Report on vaccination in Madras 1895-1903 - 1895-1903
Year: 1895
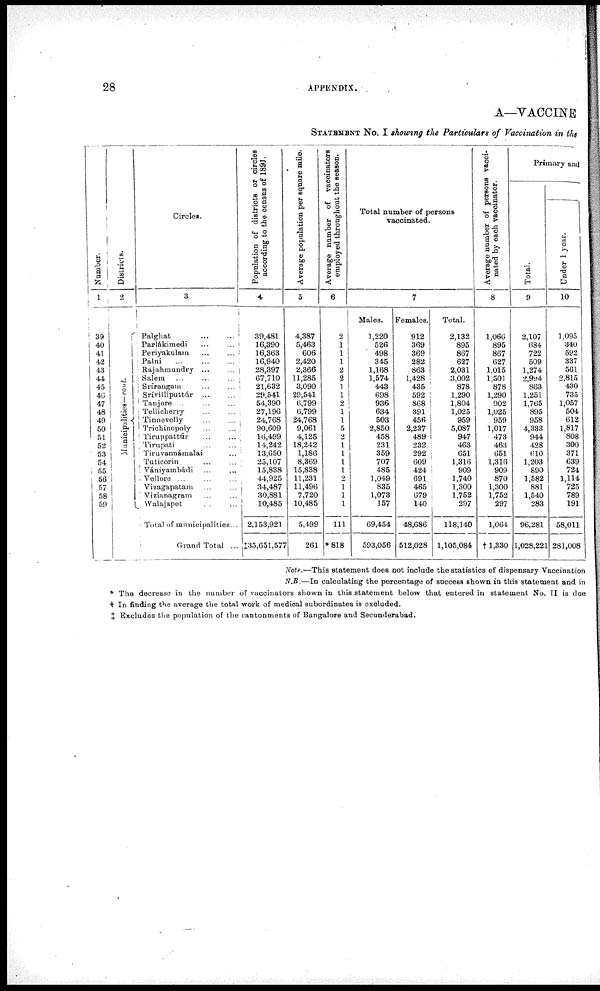
28
APPENDIX.
A—VACCINE
STATEMENT NO. I showing the Particulars of Vaccination in the
Number.
1
39
40
41
42
43
44
45
46
47
48
49
50
51
52
53
54
55
56
57
58
59
Districts.
2
Municipalities— cont.
Circles.
3
Palghat
...
...
Parlákimedi ... ...
Periyakulam ... ...
Palni
...
...
...
Rajahmundry
...
...
Salem ... ... ...
Srírangam
...
...
Srívilliputtúr ... ...
Tanjore
...
...
...
Tellicherry ... ...
Tinnevolly ... ...
Trichinopoly ... ...
Tiruppattúr ... ...
Tirupati ... ...
Tiruvannámalai ...
Tuticorin
...
...
Vániyambádi ... ...
Vellore
...
...
...
Vizagapatam ... ...
Vizianagram ... ...
Walajapet
...
...
Total of municipalities...
Grand Total ...
Population of districts
or circles
according to the census of 1891.
4
39,481
16,390
16,363
16,940
28,397
67,710
21,632
29,541
54,390
27,196
24,768
90,609
16,499
14,242
13,650
25,107
15,838
44,925
34,487
30,881
10,485
2,153,921
‡35,651,577
Average population per square mile.
5
4,387
5,463
606
2,420
2,366
11,285
3,090
29,541
6,799
6,799
24,768
9,061
4,125
18,242
1,186
8,369
15,838
11,231
11,496
7,720
10,485
5,499
261
Average number of vaccinators
employed throughout the season.
6
2
1
1
1
2
2
1
1
2
1
1
5
2
1
1
1
1
2
1
1
1
111
*818
Total number of persons
vaccinated.
7
Males.
1,220
526
498
345
1,168
1,574
443
698
936
634
503
2,850
458
231
359
707
485
1,049
835
1,073
157
69,454
593,056
Females.
912
369
369
282
863
1,428
435
592
868
391
456
2,237
489
232
292
609
424
691
465
679
140
48,686
512,028
Total.
2,132
895
867
627
2,031
3,002
878
1,290
1,804
1,025
959
5,087
947
463
651
1,316
909
1,740
1,300
1,752
297
118,140
1,105,084
Average number of persons vacci-
nated by each vaccinator.
8
1,066
895
867
627
1,015
1,501
878
1,290
902
1,025
959
1,017
473
463
651
1,316
909
870
1,300
1,752
297
1,064
†1,330
Primary and
Total.
9
2,107
684
722
509
1,274
2,994
863
1,251
1,765
895
958
4,333
944
428
610
1,203
890
1,582
881
1,540
283
96,281
1,028,221
Under 1 year.
10
1,095
340
592
337
561
2,815
430
735
1,057
504
612
1,817
808
300
371
639
724
1,114
725
789
191
58,011
281,008
Note.—This statement does not include the statistics of dispensary Vaccination
N.B.—In calculating the percentage of success shown in this statement and in
* The decrease in the number of vaccinators shown in this statement below that entered in statement No. II is due
† In finding the average the total work of medical subordinates is excluded.
‡ Excludes the population of the cantonments of Bangalore and Secunderabad.